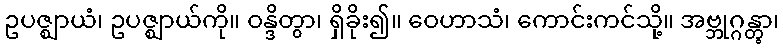
ဥပဇ္ဈာယံ၊ ဥပဇ္ဈာယ်ကို။ ဝန္ဒိတွာ၊ ရှိခိုး၍။ ဝေဟာသံ၊ ကောင်းကင်သို့။ အဗ္ဘုဂ္ဂန္တွာ၊